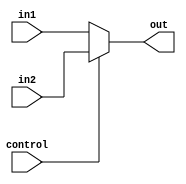
module mux12bit (in1, in2, control, out);
  input[11:0] in1,in2;
  output[11:0] out;
  input control;
  assign out = (control) ? in2 : in1;
endmodule